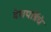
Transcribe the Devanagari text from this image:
देशपांडेंचे